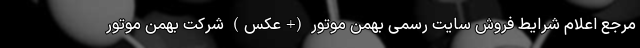
مرجع اعلام شرایط فروش سایت رسمی بهمن موتور (+عکس) شرکت بهمن موتور